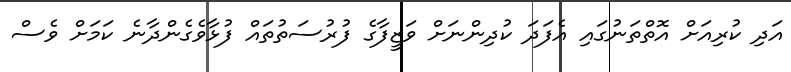
އަދި ކުރިއަށް އޮތްތަނުގައި އެފަދަ ކުދިންނަށް ވަޒީފާގެ ފުރުސަތުތައް ފުޅާވެގެންދާނެ ކަމަށް ވެސް